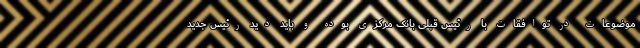
موضوعات در توافقات با رئیس قبلی بانک مرکزی بوده و باید دید رئیس جدید